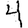
Digit: 4